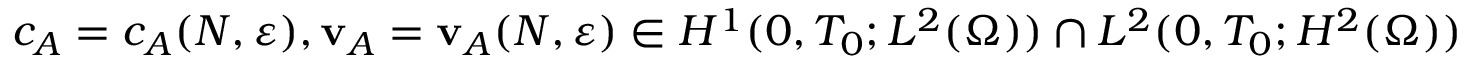
c _ { A } = c _ { A } ( N , \ensuremath { \varepsilon } ) , \mathbf { v } _ { A } = \mathbf { v } _ { A } ( N , \ensuremath { \varepsilon } ) \in H ^ { 1 } ( 0 , T _ { 0 } ; L ^ { 2 } ( \ensuremath { \Omega } ) ) \cap L ^ { 2 } ( 0 , T _ { 0 } ; H ^ { 2 } ( \ensuremath { \Omega } ) )